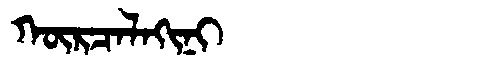
Manchu: ᡴᡡᡵᠴᠠᠯᠠᡴᡳᠨᡳ
Romanization: KŪRCALAKINI